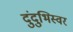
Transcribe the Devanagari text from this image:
दुंदुभिस्वर